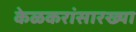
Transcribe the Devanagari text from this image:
केळकरांसारख्या